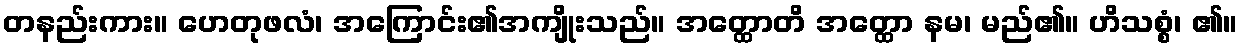
တနည်းကား။ ဟေတုဖလံ၊ အကြောင်း၏အကျိုးသည်။ အတ္ထောတိ အတ္ထော နမ၊ မည်၏။ ဟိသစ္စံ၊ ၏။